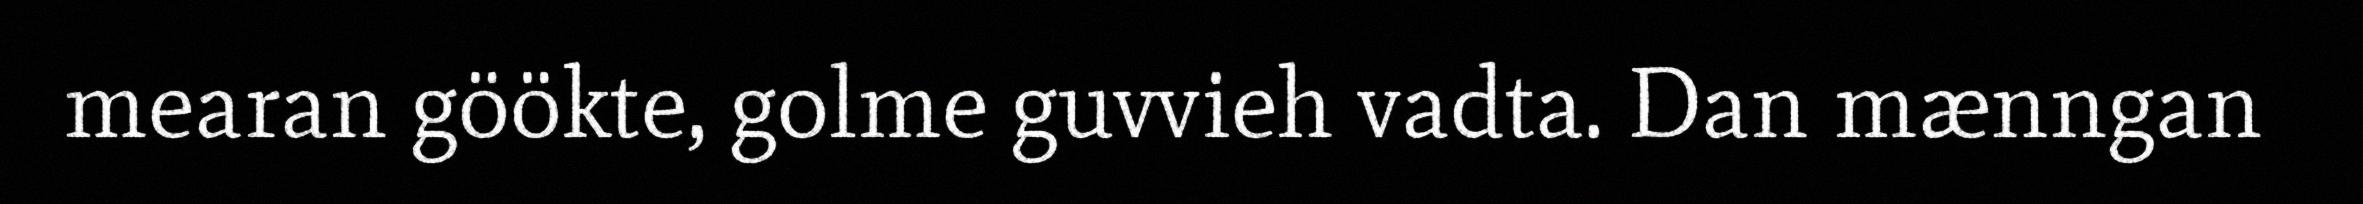
mearan göökte, golme guvvieh vadta. Dan mænngan